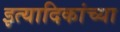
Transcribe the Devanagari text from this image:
इत्यादिकांच्या